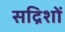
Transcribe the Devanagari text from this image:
सद्रिशों